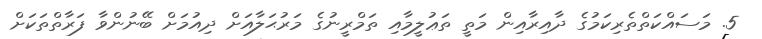
5. މަސައްކަތްތެރިކަމުގެ ދާއިރާއިން މަތީ ތަޢުލީމާއި ތަމްރީނުގެ މަރުޙަލާއަށް ދިއުމަށް ބޭނުންވާ ފަރާތްތަކަށް